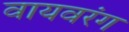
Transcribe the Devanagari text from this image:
वायवरंग